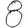
Digit: 8